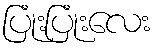
ပြုံးပြုံးလေး